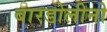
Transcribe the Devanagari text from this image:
बारडोलीनो